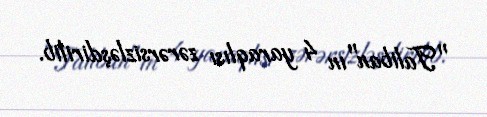
"Taliban"ın 4 yaraqlısı zərərsizləşdirilib.